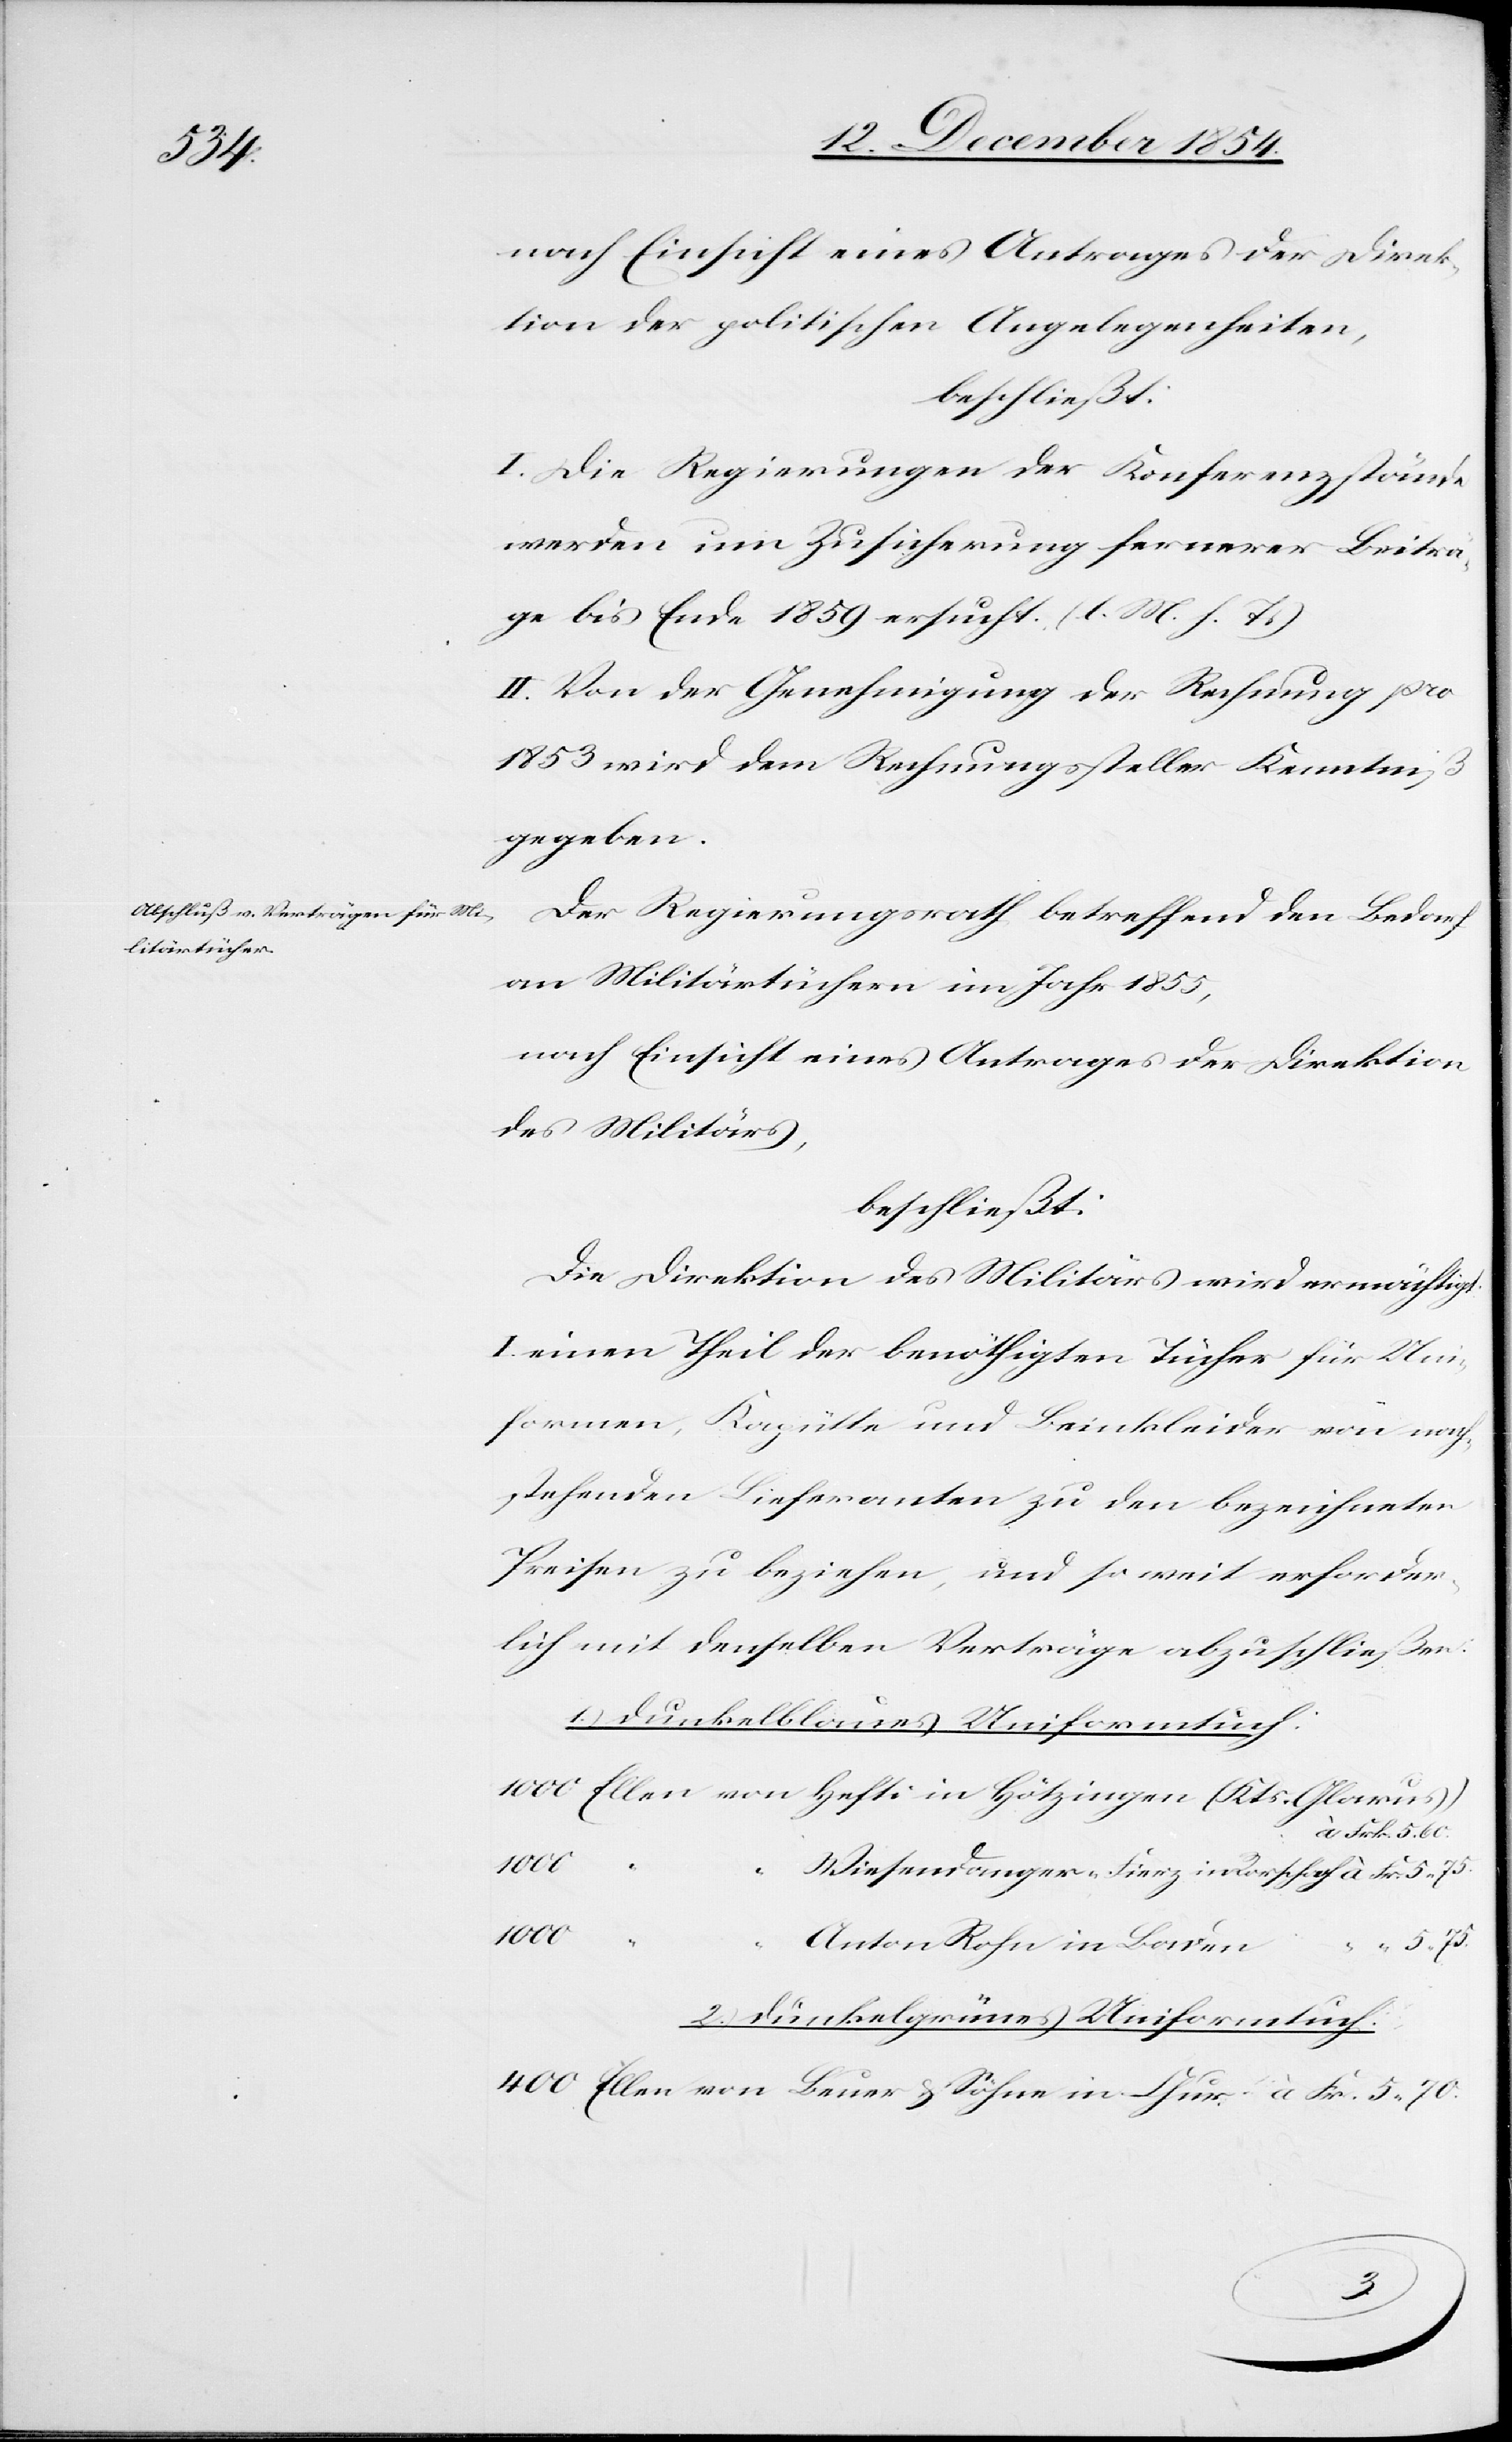
nach Einsicht eines Antrages der Direk¬
tion der politischen Angelegenheiten,
beschließt:
l. Die Regierungen der Konferenzstände
werden um Zusicherung fernerer Beiträ¬
ge bis Ende 1859 ersucht. (l. M. h. T.)
II. Von der Genehmigung der Rechnung pro
1853 wird dem Rechnungssteller Kenntniß
gegeben.
Der Regierungsrath betreffend den Bedarf
an Militärtüchern im Jahr 1855,
nach Einsicht eines Antrages der Direktion
des Militärs,
beschließt:
Die Direktion des Militärs wird ermächtigt:
I. einen Theil der benöthigten Tücher für Uni¬
formen, Kapütte und Beinkleider von nach¬
stehenden Lieferanten zu den bezeichneten
Preisen zu beziehen, und so weit erforder¬
lich mit denselben Verträge abzuschließen:
1.) dunkelblaues Uniformtuch:
1000
Wiesendanger-Fierz in Rorschach
400
Anton Rohn in Baden
5. 70.
2.) dunkelgrünes Uniformtuch:
Fr.